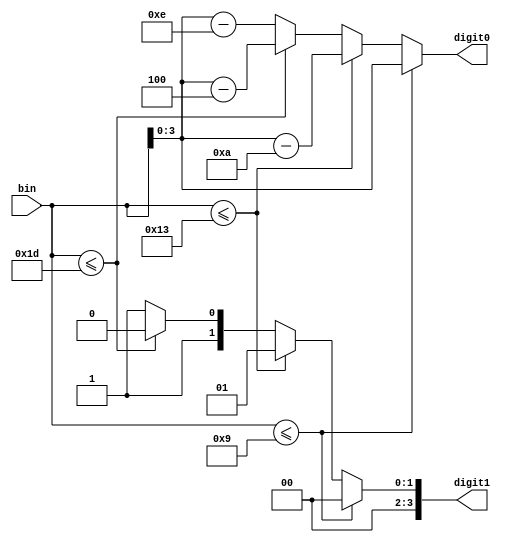
`timescale 1ns / 1ps
//////////////////////////////////////////////////////////////////////////////////
// Company: 
// Engineer: 
// 
// Design Name: 
// Module Name: vol_to_ssd
// Project Name: 
// Target Devices: 
// Tool Versions: 
// Description: 
// 
// Dependencies: 
// 
// Revision:
// Revision 0.01 - File Created
// Additional Comments:
// 
//////////////////////////////////////////////////////////////////////////////////


module vol_to_ssd(
    input [4:0]bin,
    output reg [3:0]digit1,
    output reg [3:0]digit0
    );

always @*
    if (bin <= 5'd9) begin
        digit1 = 4'd0;
        digit0 = bin;
    end
    else if (bin <= 5'd19) begin
        digit1 = 4'd1;
        digit0 = bin - 4'd10;
    end
    else if (bin <= 5'd29) begin
        digit1 = 4'd2;
        digit0 = bin - 5'd20;
    end
    else begin
        digit1 = 4'd3;
        digit0 = bin - 5'd30;
    end
     
endmodule